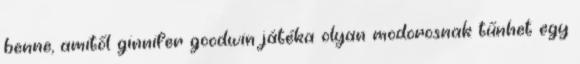
benne, amitől ginnifer goodwin játéka olyan modorosnak tűnhet egy